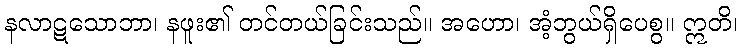
နလာဋသောဘာ၊ နဖူး၏ တင်တယ်ခြင်းသည်။ အဟော၊ အံ့ဘွယ်ရှိပေစွ။ ဣတိ၊